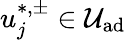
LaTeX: u_{j}^{\ast,\pm}\in\mathcal{U}_{\textrm{ad}}